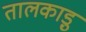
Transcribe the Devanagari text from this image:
तालकाड़ु